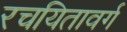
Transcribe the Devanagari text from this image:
रचयितावर्ग